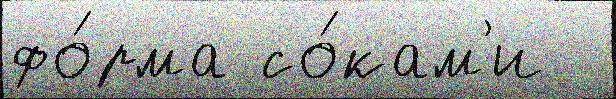
фо́рма со́кам'и